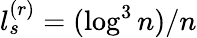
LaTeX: l_{s}^{(r)}=(\log^{3}n)/n